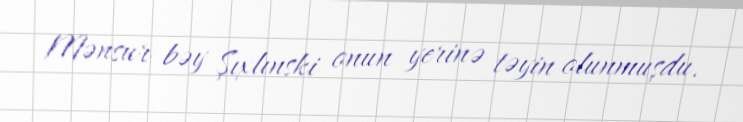
Mənsur bəy Şıxlınski onun yerinə təyin olunmuşdu.